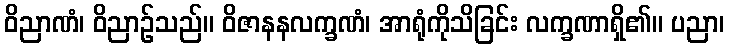
ဝိညာဏံ၊ ဝိညာဉ်သည်။ ဝိဇာနနလက္ခဏံ၊ အာရုံကိုသိခြင်း လက္ခဏာရှိ၏။ ပညာ၊